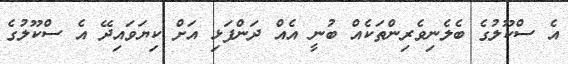
އެ ސްކޫލުގެ ބެލެނިވެރިންތަކެއް ބުނީ އެއް ދަންފަޅި އަށް ކިޔަވައިދޭ އެ ސްކޫލުގެ